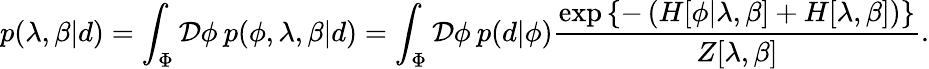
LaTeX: p(\lambda,\beta|d)=\int_{\Phi}\mathcal{D}\phi\: p(\phi,\lambda,\beta|d)=\int_{\Phi}\mathcal{D}\phi\: p(d|\phi)\frac{\exp\left\{ -\left(H[\phi|\lambda,\beta]+H[\lambda,\beta]\right)\right\} }{Z[\lambda,\beta]}.